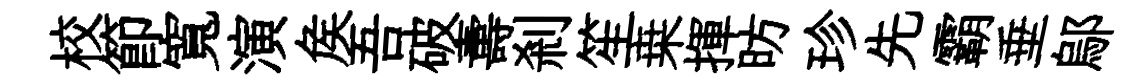
校節寬演矦吾破夀剎笙桒揮昉珍先霸垂鄔